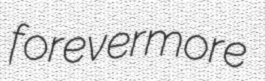
forevermore